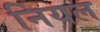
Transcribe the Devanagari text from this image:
नियल